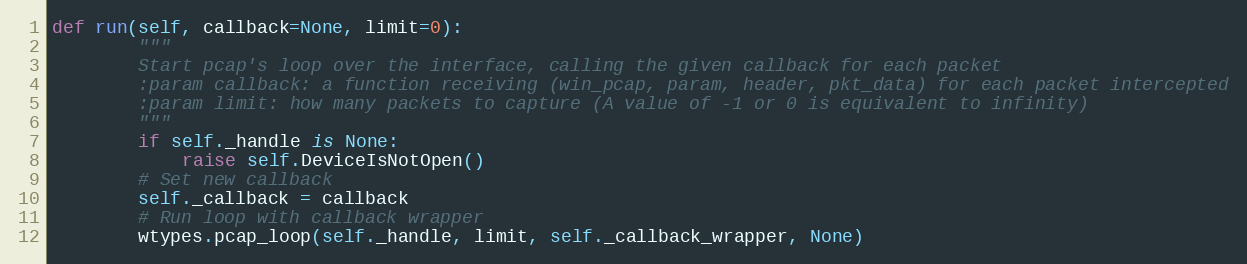
Language: Python
def run(self, callback=None, limit=0):
        """
        Start pcap's loop over the interface, calling the given callback for each packet
        :param callback: a function receiving (win_pcap, param, header, pkt_data) for each packet intercepted
        :param limit: how many packets to capture (A value of -1 or 0 is equivalent to infinity)
        """
        if self._handle is None:
            raise self.DeviceIsNotOpen()
        # Set new callback
        self._callback = callback
        # Run loop with callback wrapper
        wtypes.pcap_loop(self._handle, limit, self._callback_wrapper, None)